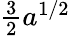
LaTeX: \textstyle{\frac{3}{2}}a^{1/2}